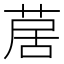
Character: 𦱅